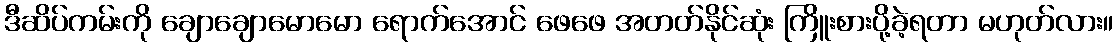
ဒီဆိပ်ကမ်းကို ချောချောမောမော ရောက်အောင် ဖေဖေ အတတ်နိုင်ဆုံး ကြိူးစားပို့ခဲ့ရတာ မဟုတ်လား။